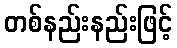
တစ်နည်းနည်းဖြင့်